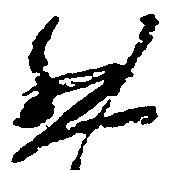
然